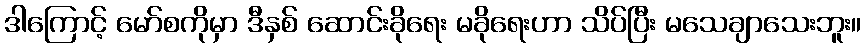
ဒါကြောင့် မော်စကိုမှာ ဒီနှစ် ဆောင်းခိုရေး မခိုရေးဟာ သိပ်ပြီး မသေချာသေးဘူး။